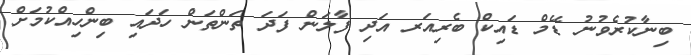
ބިނާކުރެވުނު ޑޭމް ޑައިކް ބެރިއަރ އަދި ފާލަން ފަދަ ތަންތަން ހަދައި ބިންހިއްކުމަށް